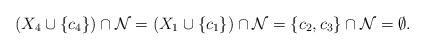
LaTeX: \begin{align*}(X_4\cup\{c_4\})\cap {\cal N}=(X_1\cup\{c_1\})\cap {\cal N}=\{c_2, c_3\}\cap {\cal N}=\emptyset.\end{align*}